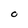
Character: O